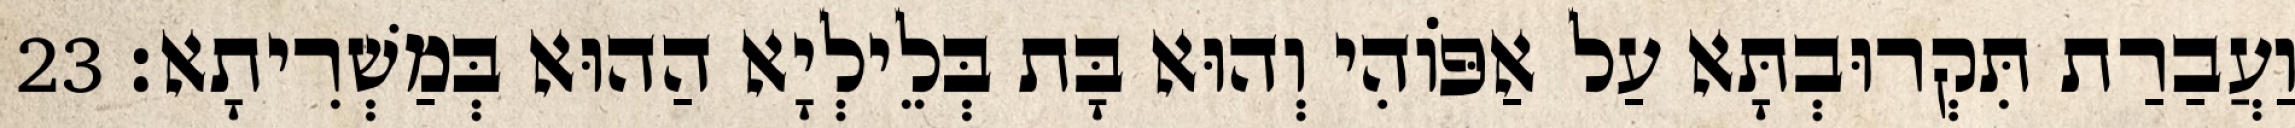
וַעֲבַרַת תִּקְרוּבְתָּא עַל אַפּוֹהִי וְהוּא בָּת בְּלֵילְיָא הַהוּא בְּמַשְׁרִיתָא׃ 23